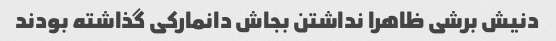
دنیش برشی ظاهرا نداشتن بجاش دانمارکی گذاشته بودند